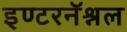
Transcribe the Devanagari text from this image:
इण्टरनॅश्नल